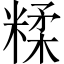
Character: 糅